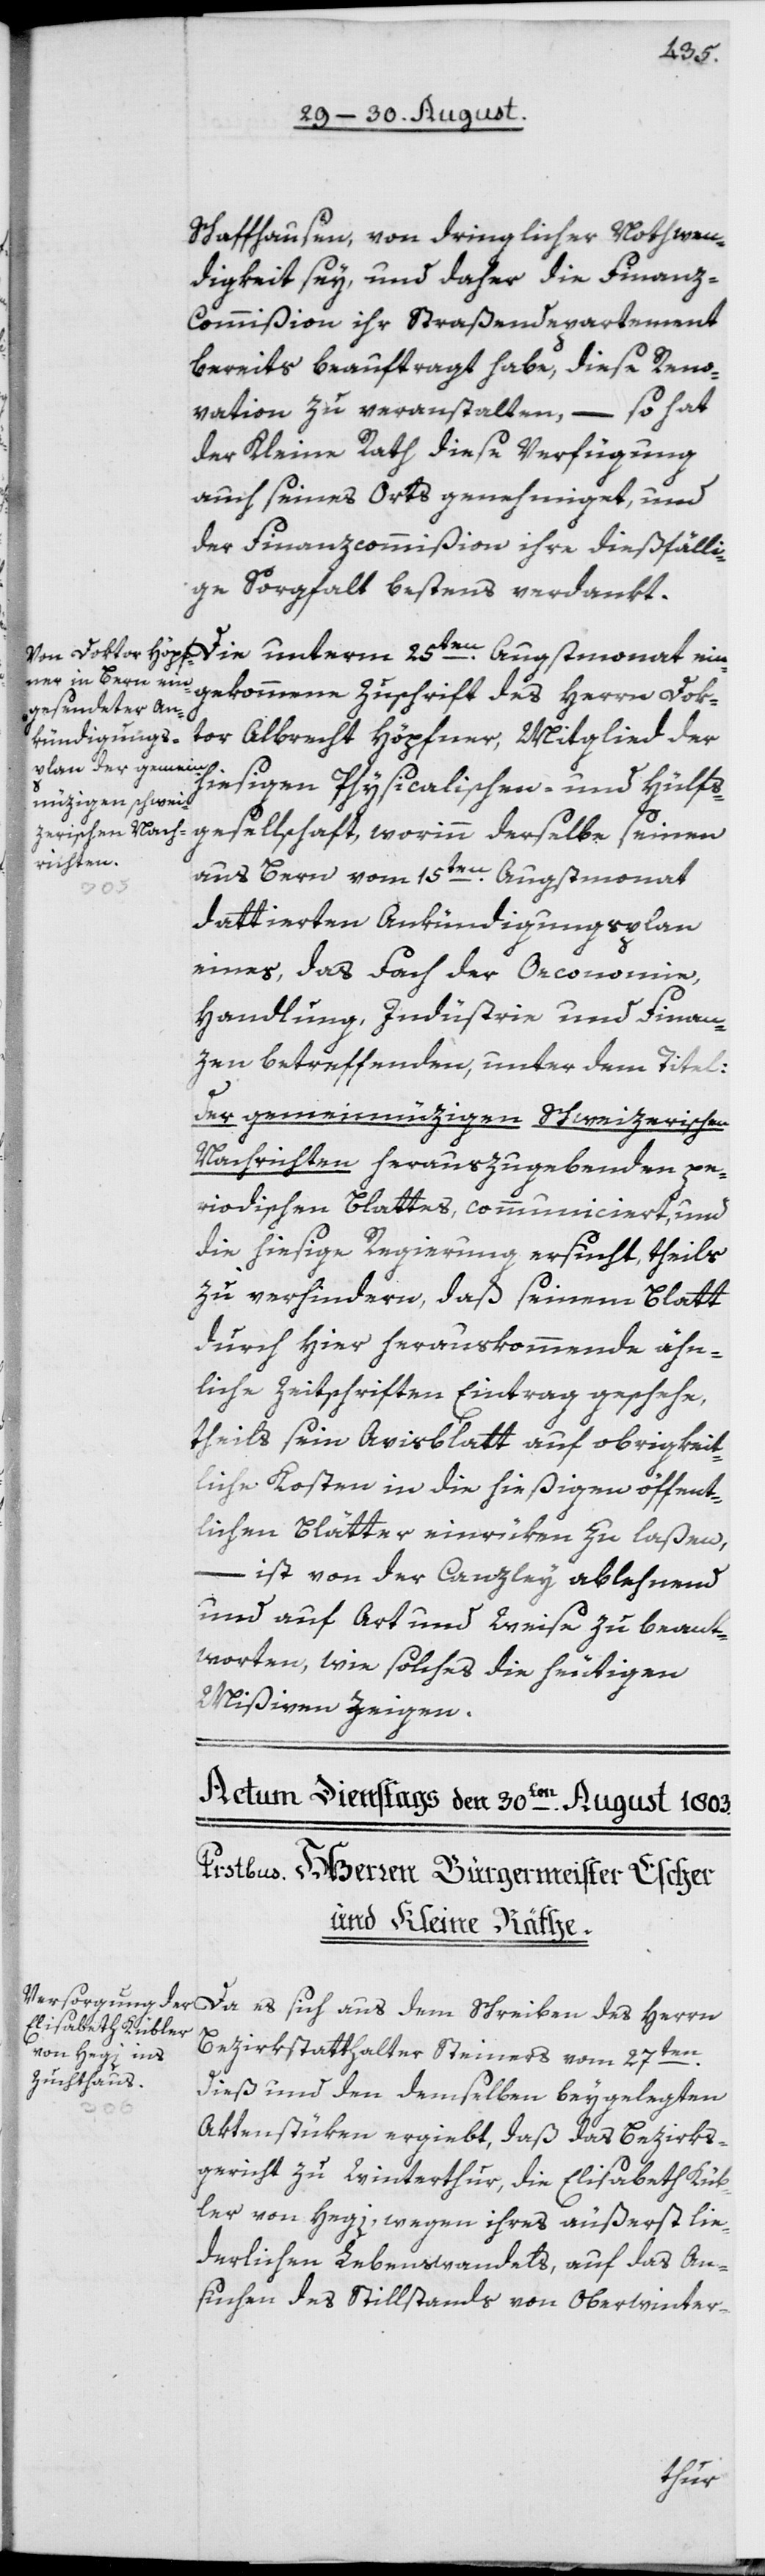
Schaffhausen, von dringlicher Nothwen¬
digkeit sey, und daher die Finanz-C¬
ommißion ihr Straßendepartement
bereits beauftragt habe, diese Reno¬
vation zu veranstalten, – so hat
der Kleine Rath diese Verfügung
auch seines Orts genehmiget, und
der Finanzcommißion ihre dießfälli¬
ge Sorgfalt bestens verdankt.
gekommene Zuschrift des Herrn Dok¬
tor Albrecht Höpfner, Mitglied der
hiesigen Physicalischen- und Hülfs¬
aus Bern vom 15ten Augstmonat
dattierten Ankündigungsplan
eines, das Fach der Oeconomie,
Handlung, Industrie und Finan¬
zen betreffenden, unter dem Titel:
Der gemeinnüzigen Schweizerischen
Nachrichten herauszugebenden pe¬
riodischen Blattes, communiciert, und
die hiesige Regierung ersucht, theils
zu verhindern, daß seinem Blatt
durch hier herauskommende ähn¬
liche Zeitschriften Eintrag geschehe,
theils sein Avisblatt auf obrigkeit¬
liche Kosten in die hießigen öffent¬
lichen Blätter einrüken zu laßen,
des
ist von der Canzley ablehnend
und auf Art und Weise zu beant¬
worten, wie solches die heutigen
Mißiven zeigen.
Bezirksstatthalter Steiners vom 27ten
dieß und den demselben beygelegten
Da es
Aktenstüken ergiebt, daß das Bezirks¬
gericht zu Winterthur, die Elisabeth Küb¬
ler von Hegi, wegen ihres äußerst lie¬
derlichen Lebenswandels, auf das An¬
suchen des Stillstands von Oberwinter-